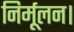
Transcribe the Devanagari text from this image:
निर्मूलन।